Indian journal of veterinary science and animal husbandry - Volumes 15-17, 1948-1951
Year: 1948
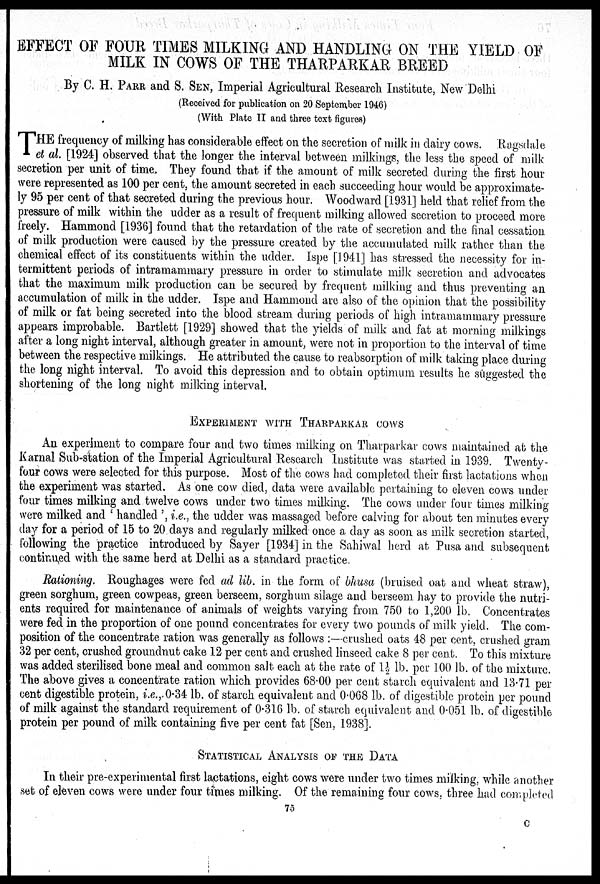
EFFECT OF FOUR TIMES MILKING AND HANDLING ON THE YIELD OF
MILK IN COWS OF THE THARPARKAR BREED
By C. H. PARR and S. SEN, Imperial Agricultural Research Institute, New Delhi
(Received for publication on 20 September 1946)
(With Plate II and three text figures)
THE frequency of milking has considerable effect on the secretion of milk in dairy cows. Ragsdale
et al. [1924] observed that the longer the interval between milkings, the less the speed of milk
secretion per unit of time. They found that if the amount of milk secreted during the first hour
were represented as 100 per cent, the amount secreted in each succeeding hour would be approximate-
ly 95 per cent of that secreted during the previous hour. Woodward [1931] held that relief from the
pressure of milk within the udder as a result of frequent milking allowed secretion to proceed more
freely. Hammond [1936] found that the retardation of the rate of secretion and the final cessation
of milk production were caused by the pressure created by the accumulated milk rather than the
chemical effect of its constituents within the udder. Ispe [1941] has stressed the necessity for in-
termittent periods of intramammary pressure in order to stimulate milk secretion and advocates
that the maximum milk production can be secured by frequent milking and thus preventing an
accumulation of milk in the udder. Ispe and Hammond are also of the opinion that the possibility
of milk or fat being secreted into the blood stream during periods of high intramammary pressure
appears improbable. Bartlett [1929] showed that the yields of milk and fat at morning milkings
after a long night interval, although greater in amount, were not in proportion to the interval of time
between the respective milkings. He attributed the cause to reabsorption of milk taking place during
the long night interval. To avoid this depression and to obtain optimum results he suggested the
shortening of the long night milking interval.
EXPERIMENT WITH THARPARKAR COWS
An experiment to compare four and two times milking on Tharparkar cows maintained at the
Karnal Sub-station of the Imperial Agricultural Research Institute was started in 1939. Twenty-
four cows were selected for this purpose. Most of the cows had completed their first lactations when
the experiment was started. As one cow died, data were available pertaining to eleven cows under
four times milking and twelve cows under two times milking. The cows under four times milking
were milked and 'handled', i.e., the udder was massaged before calving for about ten minutes every
day for a period of 15 to 20 days and regularly milked once a day as soon as milk secretion started,
following the practice introduced by Sayer [1934] in the Sahiwal herd at Pusa and subsequent
continued with the same herd at Delhi as a standard practice.
Rationing. Roughages were fed ad lib. in the form of bhusa (bruised oat and wheat straw),
green sorghum, green cowpeas, green berseem, sorghum silage and berseem hay to provide the nutri-
ents required for maintenance of animals of weights varying from 750 to 1,200 lb. Concentrates
were fed in the proportion of one pound concentrates for every two pounds of milk yield. The com-
position of the concentrate ration was generally as follows:—crushed oats 48 per cent, crushed gram
32 per cent, crushed groundnut cake 12 per cent and crushed linseed cake 8 per cent. To this mixture
was added sterilised bone meal and common salt each at the rate of 1½ lb. per 100 lb. of the mixture.
The above gives a concentrate ration which provides 68.00 per cent starch equivalent and 13.71 per
cent digestible protein, i.e., 0.34 lb. of starch equivalent and 0.068 lb. of digestible protein per pound
of milk against the standard requirement of 0.316 lb. of starch equivalent and 0.051 lb. of digestible
protein per pound of milk containing five per cent fat [Sen, 1938].
STATISTICAL ANALYSIS OF THE DATA
In their pre-experimental first lactations, eight cows were under two times milking, while another
set of eleven cows were under four times milking. Of the remaining four cows, three had completed
75
C